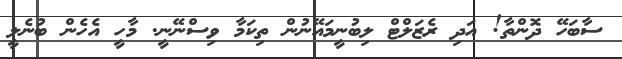
ސާބަހޭ ދޮންތާ! އަދި ރެޒަލްޓް ލިބުނީމައޭނުން ތިކަމާ ވިސްނޭނީ. މާހީ އެހެން ބުނެލީ